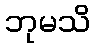
ဘုမသိ